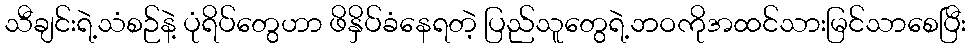
သီချင်းရဲ့သံစဉ်နဲ့ ပုံရိပ်တွေဟာ ဖိနှိပ်ခံနေရတဲ့ ပြည်သူတွေရဲ့ဘဝကိုအထင်သားမြင်သာစေပြီး